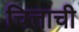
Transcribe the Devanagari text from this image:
चित्ताची